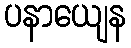
ပနာယျေန